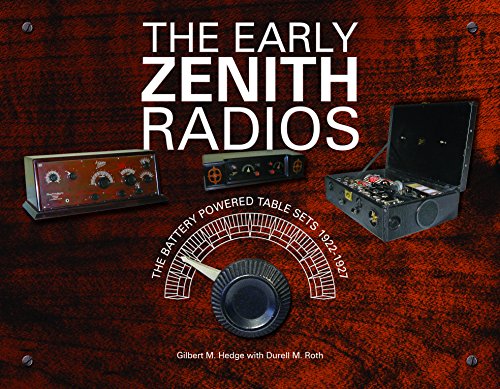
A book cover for The Early Zenith Radios: The Battery Powered Table Sets 1922-1927; Gilbert M. Hedge; Crafts, Hobbies & Home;